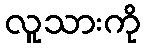
လူသားကို